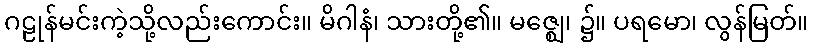
ဂဠုန်မင်းကဲ့သို့လည်းကောင်း။ မိဂါနံ၊ သားတို့၏။ မဇ္ဈေ၊ ၌။ ပရမော၊ လွန်မြတ်။